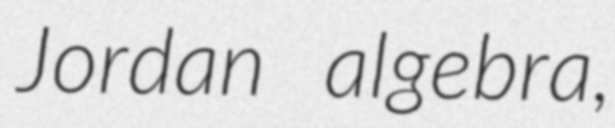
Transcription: Jordan algebra,